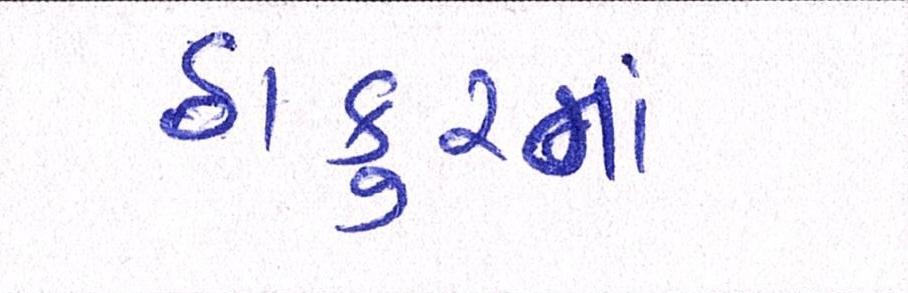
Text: ઠાકુરનાં